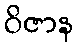
ဝိဇာန